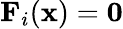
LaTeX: \mathbf{F}_{i}(\mathbf{x})=\mathbf{0}